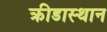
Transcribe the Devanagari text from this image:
क्रीडास्थान